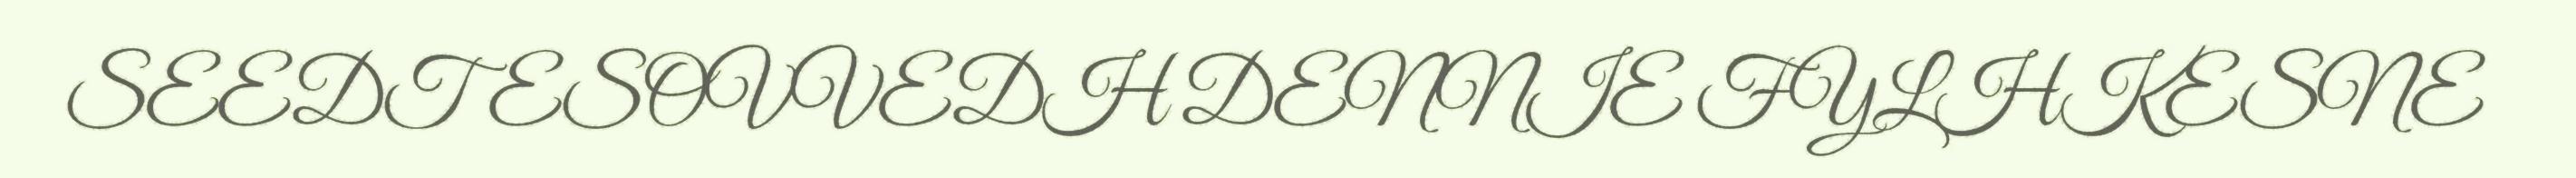
SEEDTESOVVEDH DENNIE FYLHKESNE